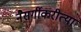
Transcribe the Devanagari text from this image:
नैसर्गीकरीत्या